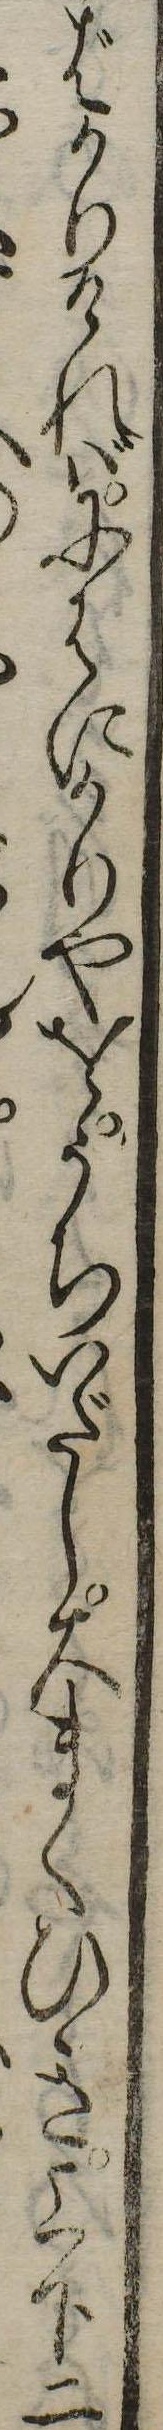
ばかりければにはにかりやをうちいだし大まくひき上下二